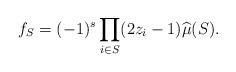
LaTeX: \begin{align*}f_S = (-1)^s\prod_{i\in S}(2z_i-1) \widehat{\mu}(S).\end{align*}